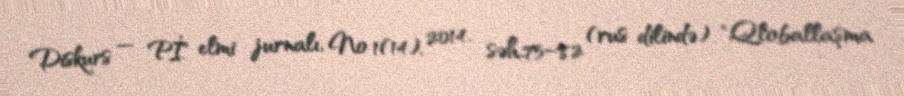
Diskurs — Pİ" elmi jurnalı, № 1(14), 2014. səh.75–82 (rus dilində) "Qloballaşma